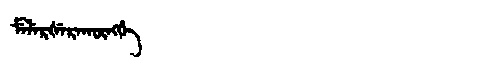
Manchu: ᠮᡝᠯᡝᡵᡧᡝᡵᠠᡴᡡᠩᡤᡝ
Romanization: MELERŠERAKŪNGGE